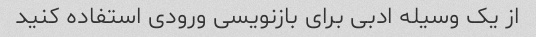
از یک وسیله ادبی برای بازنویسی ورودی استفاده کنید